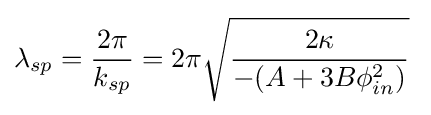
\lambda _{sp}={\frac {2\pi }{k_{sp}}}=2\pi {\sqrt {\frac {2\kappa }{-(A+3B\phi _{in}^{2})}}}\;